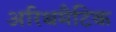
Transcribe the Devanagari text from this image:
अरिथमैटिक